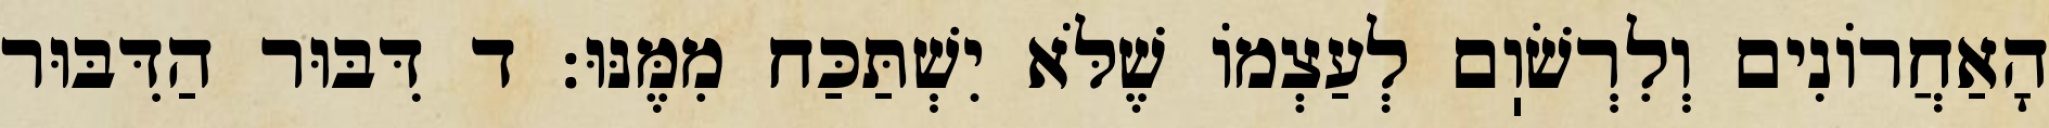
הָאַחֲרוֹנִים וְלִרְשֹׁוֽם לְעַצְמוֹ שֶׁלֹּא יִשְׁתַּכַּח מִמֶּנּוּ: ד דִּבּוּר הַדִּבּוּר